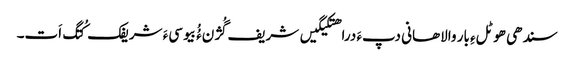
سندھی ھوٹلءِ بار والاھانی دپءَ دراھتکیگیں شریف گُژنءُُ بیوسیءَ شریفک کُتگ اَت۔